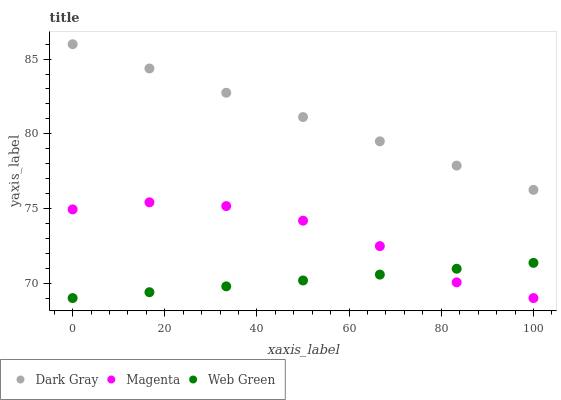
| xaxis_label | Dark Gray | Magenta | Web Green |
 | --- | --- | --- | --- |
 | 0 | 86 | 74.9 | 69 |
 | 16.7 | 84.4 | 75.4 | 69.4 |
 | 33.3 | 82.7 | 75.2 | 69.8 |
 | 50 | 81.1 | 74.2 | 70.2 |
 | 66.7 | 79.5 | 72.5 | 70.6 |
 | 83.3 | 77.9 | 70.1 | 71 |
 | 100 | 76.2 | 69 | 71.4 |